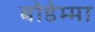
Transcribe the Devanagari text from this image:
बोडेम्मा